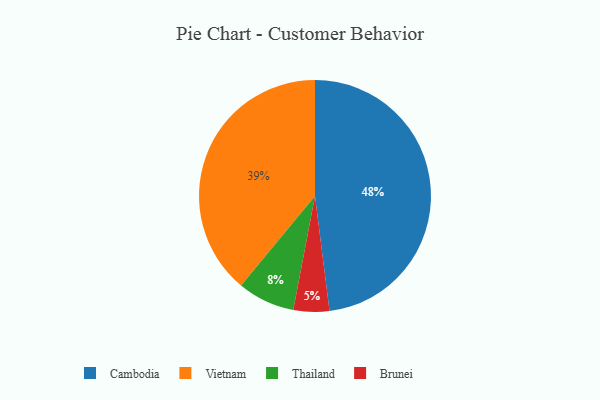
{"axis": {"x": "Category", "y": "Percentage"}, "legend": ["Brunei", "Cambodia", "Thailand", "Vietnam"], "data": [{"x": "Thailand", "y": 8, "type": "Thailand"}, {"x": "Vietnam", "y": 39, "type": "Vietnam"}, {"x": "Cambodia", "y": 48, "type": "Cambodia"}, {"x": "Brunei", "y": 5, "type": "Brunei"}]}